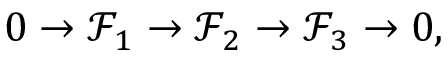
0 \to { \mathcal { F } } _ { 1 } \to { \mathcal { F } } _ { 2 } \to { \mathcal { F } } _ { 3 } \to 0 ,